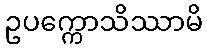
ဥပက္ကောသိဿာမိ